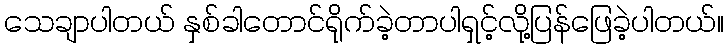
သေချာပါတယ် နှစ်ခါတောင်ရိုက်ခဲ့တာပါရှင့်လို့ပြန်ဖြေခဲ့ပါတယ်။